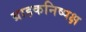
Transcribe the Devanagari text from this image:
ग्राहकनिष्पक्ष